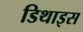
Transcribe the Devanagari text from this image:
डिथाइस